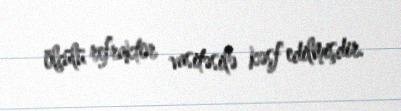
ölçülü refraktor vasitəsilə kəşf edilmişdir.